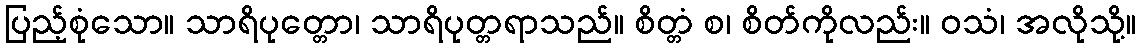
ပြည့်စုံသော။ သာရိပုတ္တော၊ သာရိပုတ္တရာသည်။ စိတ္တံ စ၊ စိတ်ကိုလည်း။ ဝသံ၊ အလိုသို့။